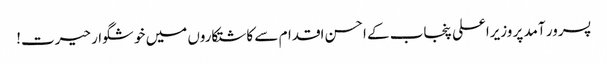
پسرور آمد پر وزیراعلی پنجاب کے احسن اقدام سے کاشتکاروں میں خوشگوار حیرت!